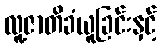
လူ့ဇာတိခံယူခြင်းနှင့်